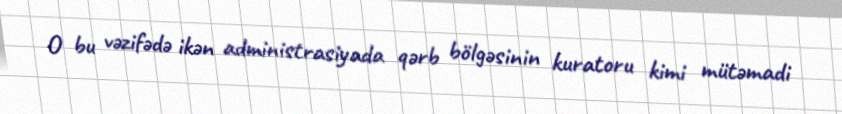
O bu vəzifədə ikən administrasiyada qərb bölgəsinin kuratoru kimi mütəmadi